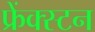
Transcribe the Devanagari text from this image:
फ्रेंक्स्टन